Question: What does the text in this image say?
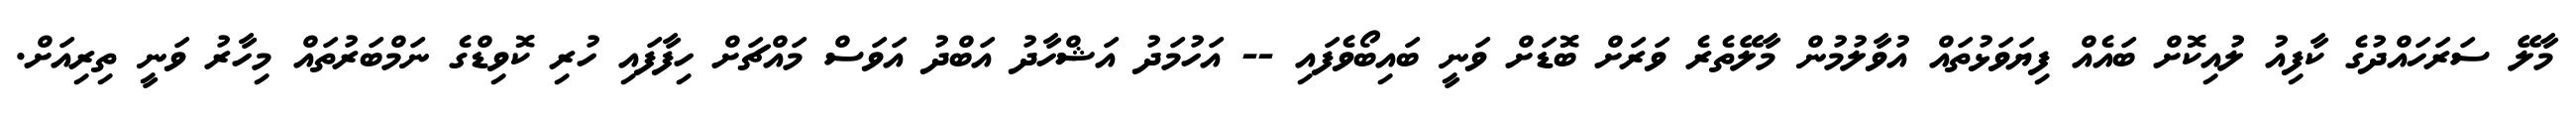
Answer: މާލޭ ސަރަހައްދުގެ ކާފިއު ލުއިކޮށް ބައެއް ފިޔަވަޅުތައް އުވާލުމުން މާލޭތެރެ ވަރަށް ބޮޑަށް ވަނީ ބައިބޯވެފައި -- އަހުމަދު އަޝްހާދު އަބްދު އަވަސް މައްޗަށް ހިފާފައި ހުރި ކޮވިޑްގެ ނަމްބަރުތައް މިހާރު ވަނީ ތިރިއަށް.